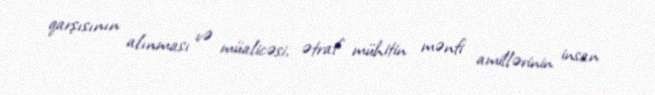
qarşısının alınması və müalicəsi, ətraf mühitin mənfi amillərinin insan